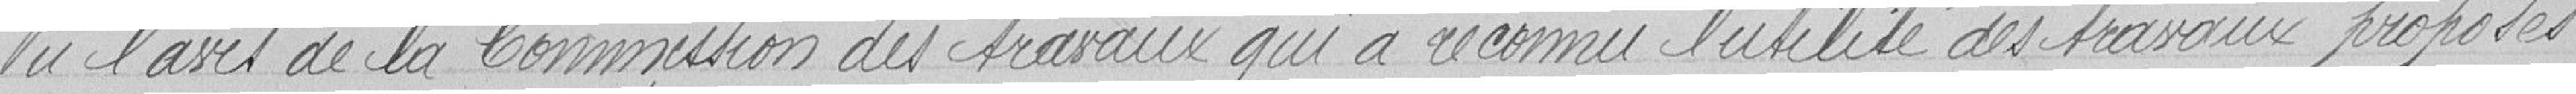
Vu l'avis de la Commission des travaux qui a reconnu l'utilité des travaux proposés.